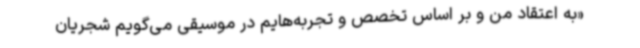
«به اعتقاد من و بر اساس تخصص و تجربه‌هایم در موسیقی می‌گویم شجریان